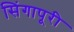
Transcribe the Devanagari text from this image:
सिंगापूरी